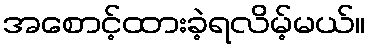
အစောင့်ထားခဲ့ရလိမ့်မယ်။